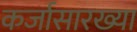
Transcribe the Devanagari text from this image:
कर्जासारख्या